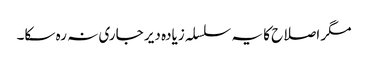
مگر اصلاح کا یہ سلسلہ زیادہ دیر جاری نہ رہ سکا۔